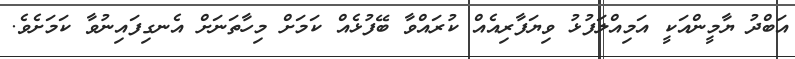
އަބްދު ޔާމީންއަކީ އަމިއްލަފުޅު ވިޔަފާރިއެއް ކުރައްވާ ބޭފުޅެއް ކަމަށް މިހާތަނަށް އެނގިފައިނުވާ ކަމަށެވެ.